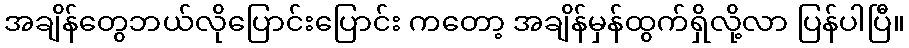
အချိန်တွေဘယ်လိုပြောင်းပြောင်း ကတော့ အချိန်မှန်ထွက်ရှိလို့လာ ပြန်ပါပြီ။